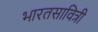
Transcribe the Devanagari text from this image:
भारतसावित्री